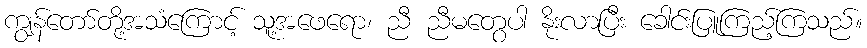
ကျွန်တော်တို့အသံကြောင့် သူ့အဖေရော၊ ညီ ညီမတွေပါ နိုးလာပြီး ခေါင်းပြူကြည့်ကြသည်။